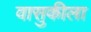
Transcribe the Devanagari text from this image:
वासुकीला